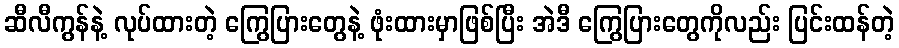
ဆီလီကွန်နဲ့ လုပ်ထားတဲ့ ကြွေပြားတွေနဲ့ ဖုံးထားမှာဖြစ်ပြီး အဲဒီ ကြွေပြားတွေကိုလည်း ပြင်းထန်တဲ့